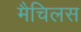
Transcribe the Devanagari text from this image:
मैचिलस